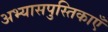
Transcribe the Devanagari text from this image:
अभ्यासपुस्तिकाएँ